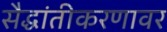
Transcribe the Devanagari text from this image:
सैद्धांतीकरणावर